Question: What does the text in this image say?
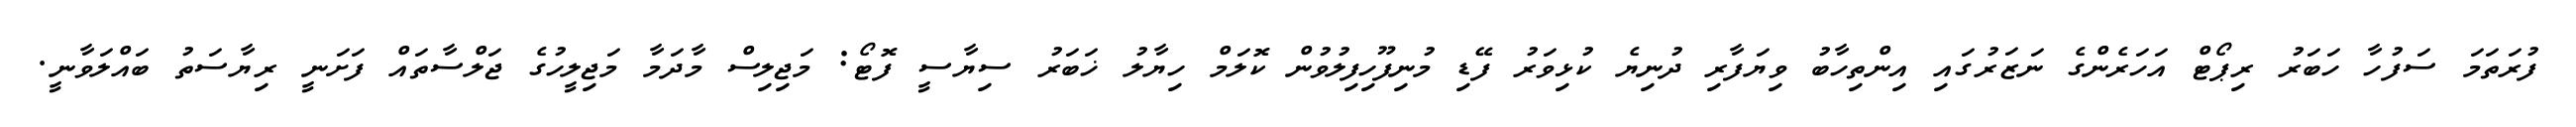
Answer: ފުރަތަމަ ސަފުހާ ހަބަރު ރިޕޯޓް އަހަރެންގެ ނަޒަރުގައި އިންތިހާބު ވިޔަފާރި ދުނިޔެ ކުޅިވަރު ފޭޑި މުނިފޫހިފިލުވުން ކޮލަމް ހިޔާލު ޚަބަރު ސިޔާސީ ފޮޓޯ: މަޖިލިސް މާދަމާ މަޖިލީހުގެ ޖަލްސާތައް ފަށަނީ ރިޔާސަތު ބައްލަވާނީ.